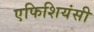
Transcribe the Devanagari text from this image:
एफिशियंसी